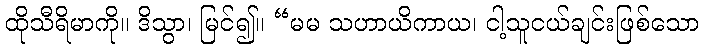
ထိုသီရိမာကို။ ဒိသွာ၊ မြင်၍။ “မမ သဟာယိကာယ၊ ငါ့သူငယ်ချင်းဖြစ်သော